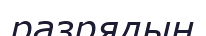
разрядын